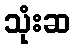
သုံးဆ